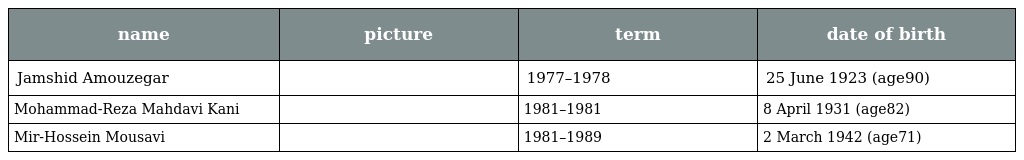
| name | picture | term | date of birth |
 | --- | --- | --- | --- |
 | Jamshid Amouzegar |  | 1977–1978 | 25 June 1923 (age90) |
 | Mohammad-Reza Mahdavi Kani |  | 1981–1981 | 8 April 1931 (age82) |
 | Mir-Hossein Mousavi |  | 1981–1989 | 2 March 1942 (age71) |